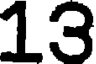
13